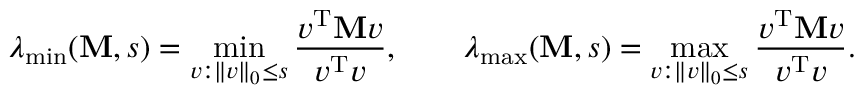
\lambda _ { \operatorname* { m i n } } ( \mathbf { M } , s ) = \operatorname* { m i n } _ { v : \| v \| _ { 0 } \leq s } \frac { v ^ { \mathrm { T } } \mathbf { M } v } { v ^ { \mathrm { T } } v } , \quad \quad \lambda _ { \operatorname* { m a x } } ( \mathbf { M } , s ) = \operatorname* { m a x } _ { v : \| v \| _ { 0 } \leq s } \frac { v ^ { \mathrm { T } } \mathbf { M } v } { v ^ { \mathrm { T } } v } .